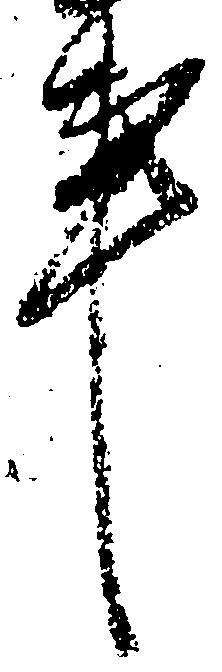
事